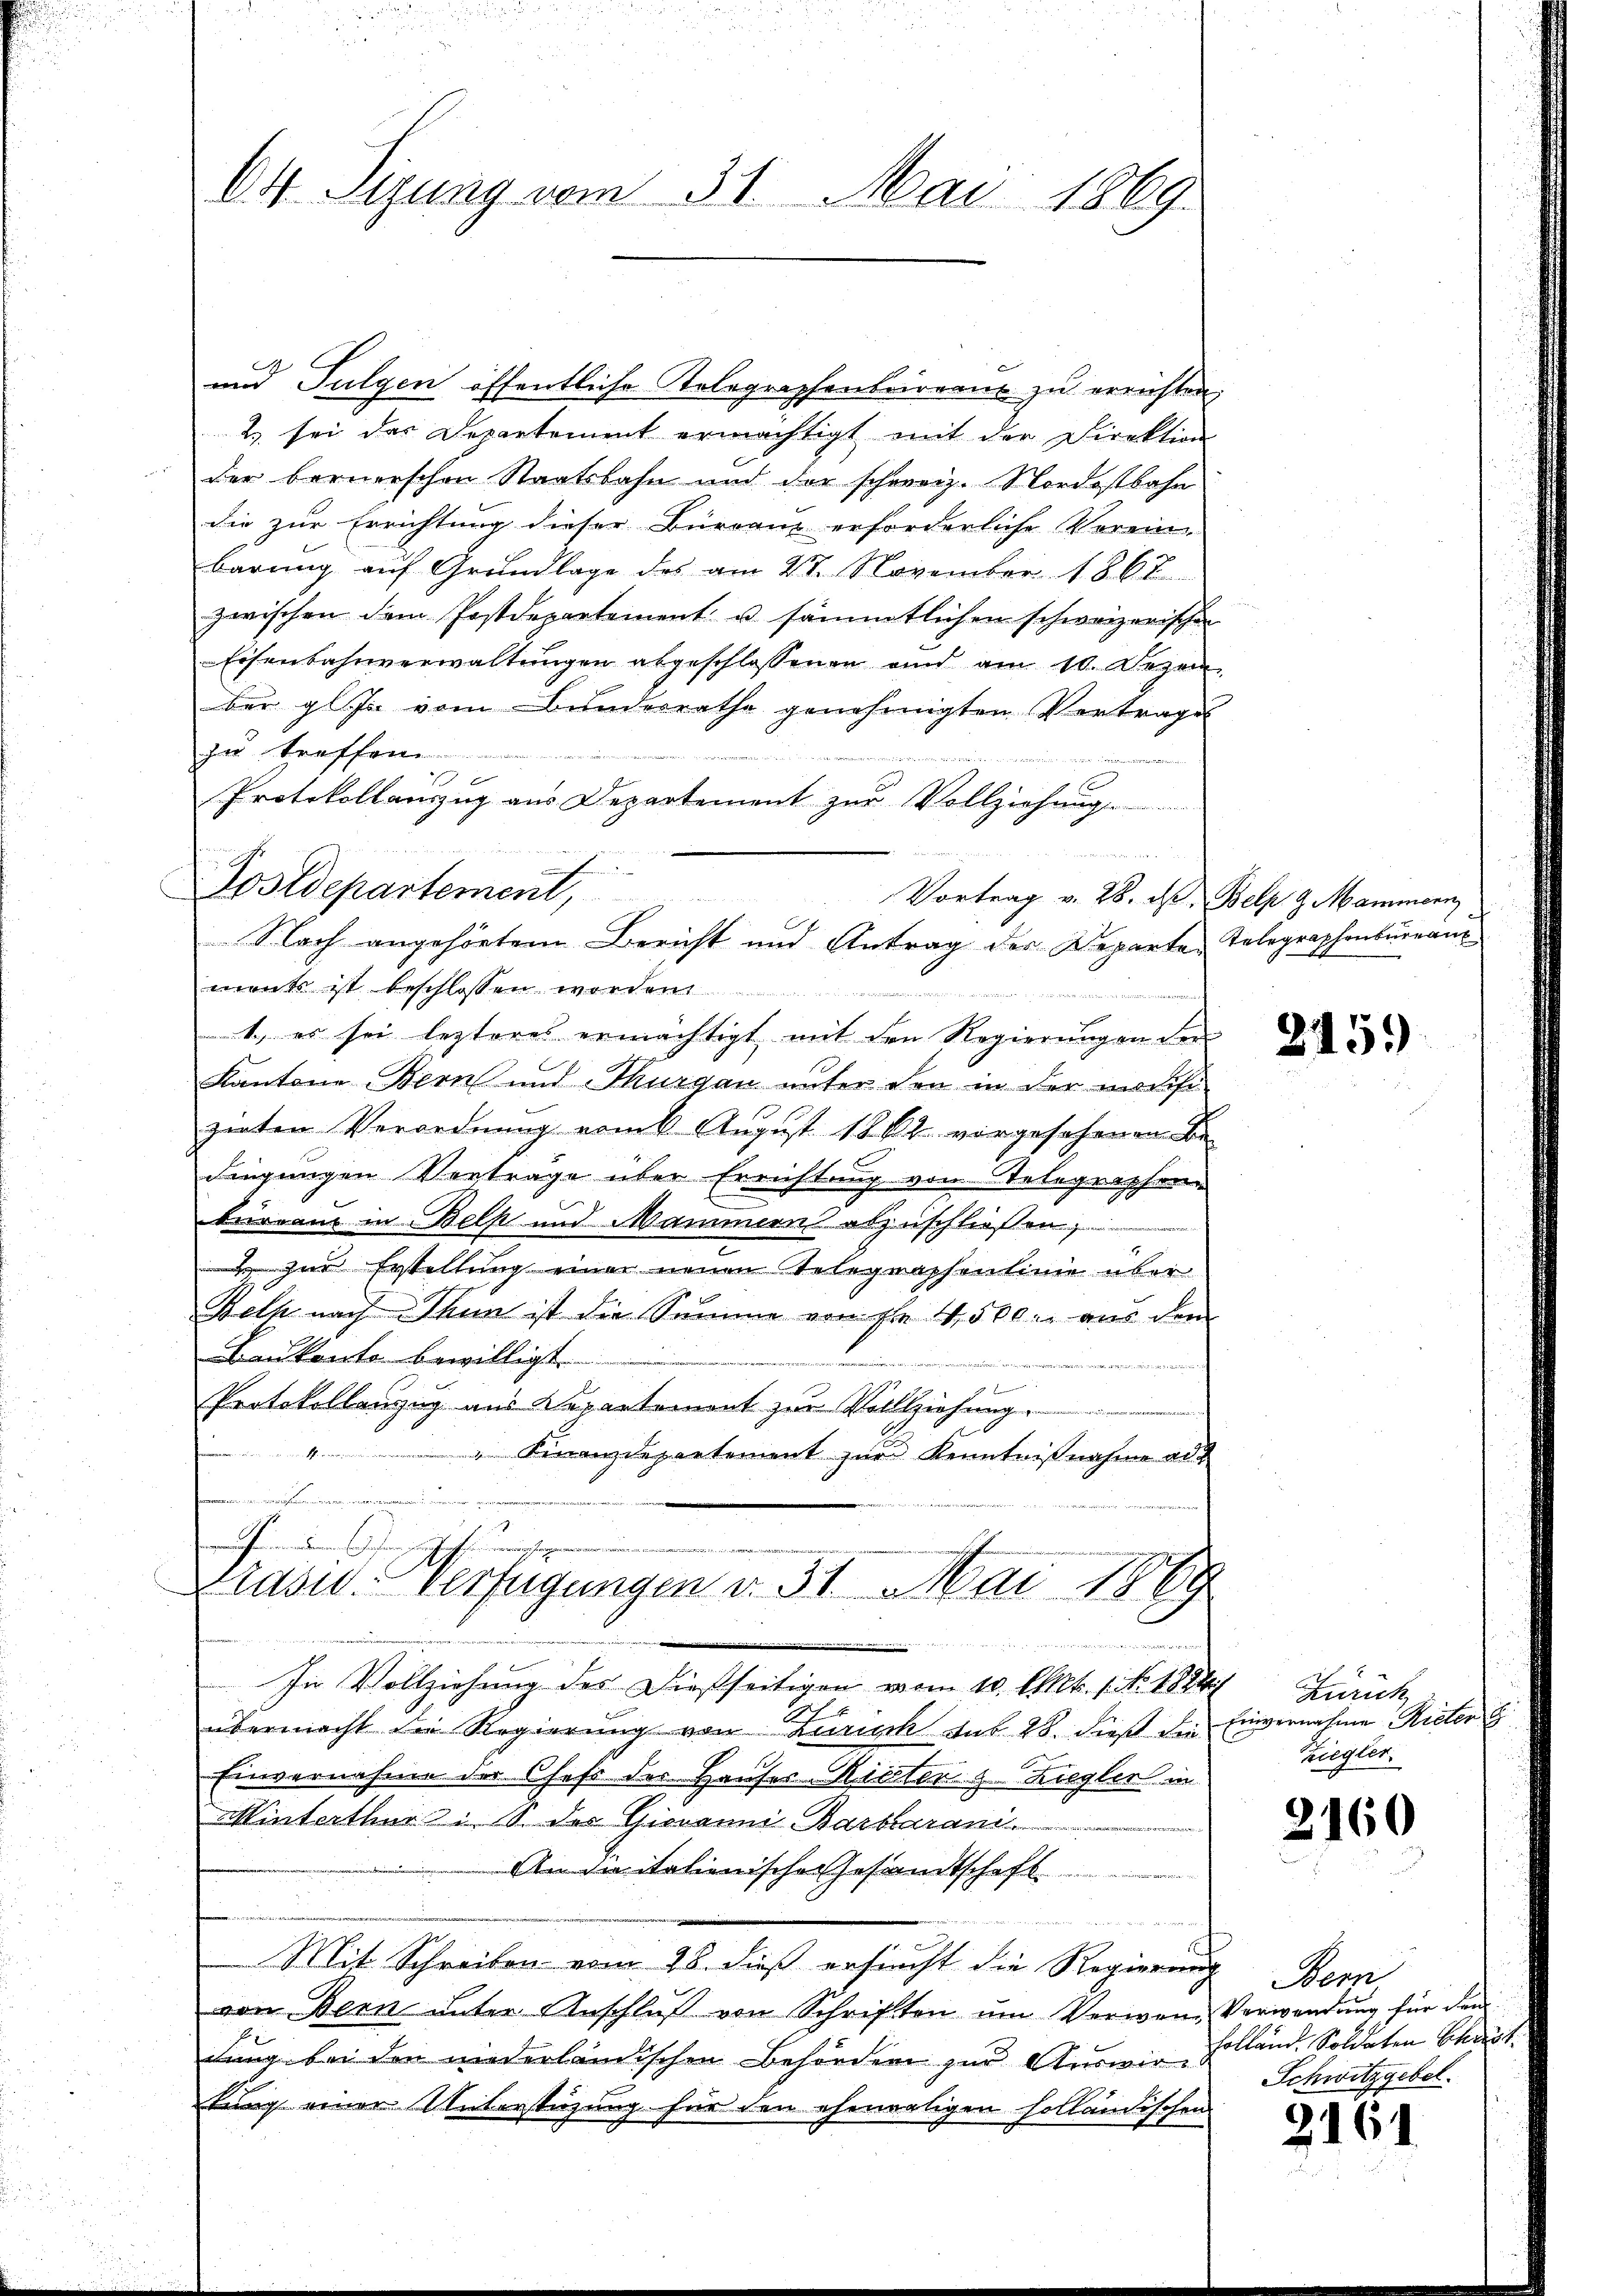
O4. Sigung vom 31. Mai 1869.

und Fulgen öffentliche Telegraphenbeinaus zu errichten,
2 sei das Departement ermächtigt mit der Direktion
der bernerschen Staatsbahn und der schweiz. Nordostbahn
die zur Errichtung dieser Burranz erforderliche Vorein-
barung auf Grundlage des am 27. November 1862
zwischen dem Postdepartement u. sämmtlichen schweizerischen
Eisenbahnverwaltungen abgeschlossenen und am 10. Dezem
ber gli vom Bunderrathe genehmigten Vertrages
zu treffen

erdien
Protokollauszug aus Departement zur Vollziehung
e
Postdepartement,
Vortrag v. 28. d. Belp. 9. Mammern
ments ist beschlossen worden.

1., es sei lezteres ermächtigt mit den Regierungen der |
Kantone Bern und Thurgau unter den in der machi-
zenten Verordnung vom 6 August 1862 vorgesehenen Be-
dingungen Vortrage über Errichtung von Telegraphen-
bureau in Belp und Maminern abzuschließen,
 zur Erstellung einer neuen Telegraphenlinie über
Weth nach Thunt ist die Summe von fl 4,500. aus dem
Baukanto bewilligt.
nizer einen und
d Brenn
Protokollanzug aus Departement zur Vollziehung.
e
u. Therer
 Finanzdepartement zur Kenntnißnahme aus
.
 We
werfenendenen Wesen zu sechsenmeiste
Präsid. Verfügungen d. 31 Mai 1889
dn des Wette und ich
In Vollziehung des dießseitigen vom 10. Okt. 1. No. 1884
übermacht die Regierung von Zürich sub. 28. dieß die
Einvernahme der Chefs der Hauses Rieten z. Ziegler in
Winterthur z. B. des Giovanni Barbarani
Andaitalienischer Gesandtschaft
.
Mit Schreiben vom 28. dieß ersucht die Regierung
von Bern unter Anschluß von Schriften um Verwen- Verwendung für dem
dung bei der niederländischen Behördern zur Auswirkung einer Unterstüzung für den ehemaligen holländischen

Nach angehörtem Bericht und Antrag der Departen Telegraphenbureaus

245)

Zürich
Einvernahme Rieter
Ziegler.

2160

Demn
Holland. Soldaten Schut
Schwitzgebet.

216